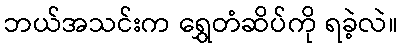
ဘယ်အသင်းက ရွှေတံဆိပ်ကို ရခဲ့လဲ။